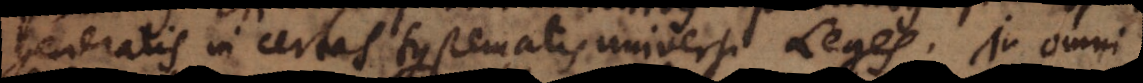
generalis in certas systematis universi Leges. In omni